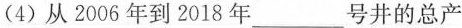
(4)从2006年到2018年___号井的总产